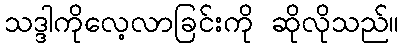
သဒ္ဒါကိုလေ့လာခြင်းကို ဆိုလိုသည်။